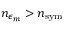
n _ { \epsilon _ { m } } > n _ { \mathrm { s y m } }